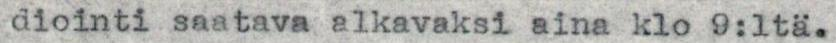
diointi saatava alkavaksi aina klo 9:ltä.